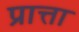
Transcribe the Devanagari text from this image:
प्रात्ता